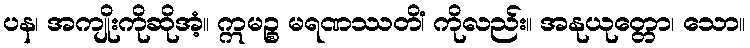
ပန၊ အကျိုးကိုဆိုအံ့။ ဣမဉ္စ မရဏဿတိံ၊ ကိုလည်း။ အနုယုတ္တော၊ သော။